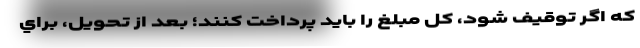
كه اگر توقيف شود، كل مبلغ را بايد پرداخت كنند؛ بعد از تحويل، براي